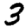
Digit: 3